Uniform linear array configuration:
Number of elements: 64
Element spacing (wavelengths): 0.5
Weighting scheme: hann
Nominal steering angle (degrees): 15
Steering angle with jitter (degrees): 16.196
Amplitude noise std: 0.05
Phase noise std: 0.05

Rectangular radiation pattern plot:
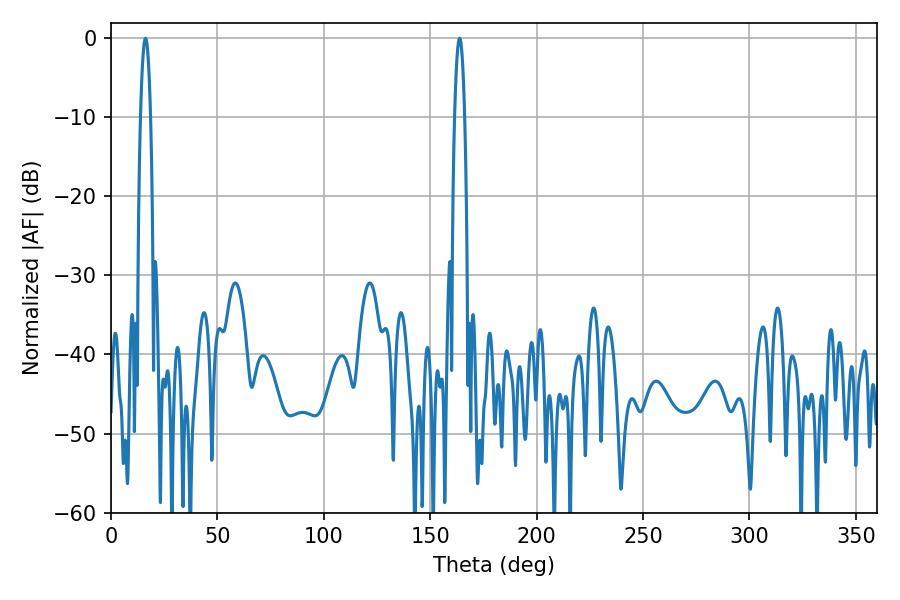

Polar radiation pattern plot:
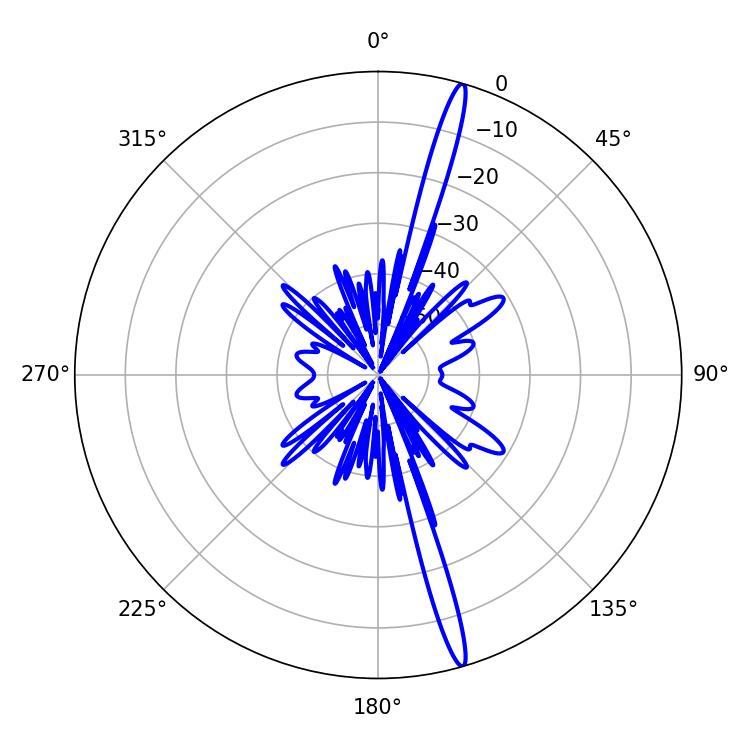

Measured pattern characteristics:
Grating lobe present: FALSE
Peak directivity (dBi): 18.568
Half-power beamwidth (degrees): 2.52
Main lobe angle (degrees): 16.2